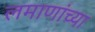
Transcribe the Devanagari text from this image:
लमाणांच्या